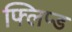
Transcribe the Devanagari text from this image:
फ्लिप्ड